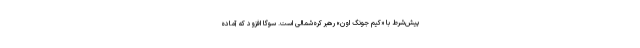
پیش‌شرط با «کیم جونگ اون» رهبر کره‌شمالی است. سوگا افزود که آماده